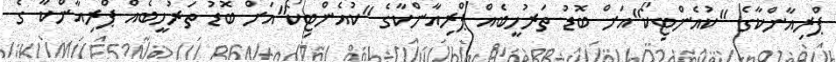
ޕްރިއާންކާގެ "ކުއެންޓިކޯ"އަަށް ބޮޑު ތަރުހީބެއް ޕްރިއާންކާގެ "ކުއެންޓިކޯ"އަަށް ބޮޑު ތަރުހީބެއް ޕްރިއާންކާ ގެ